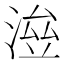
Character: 𣸓